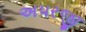
અપરજી